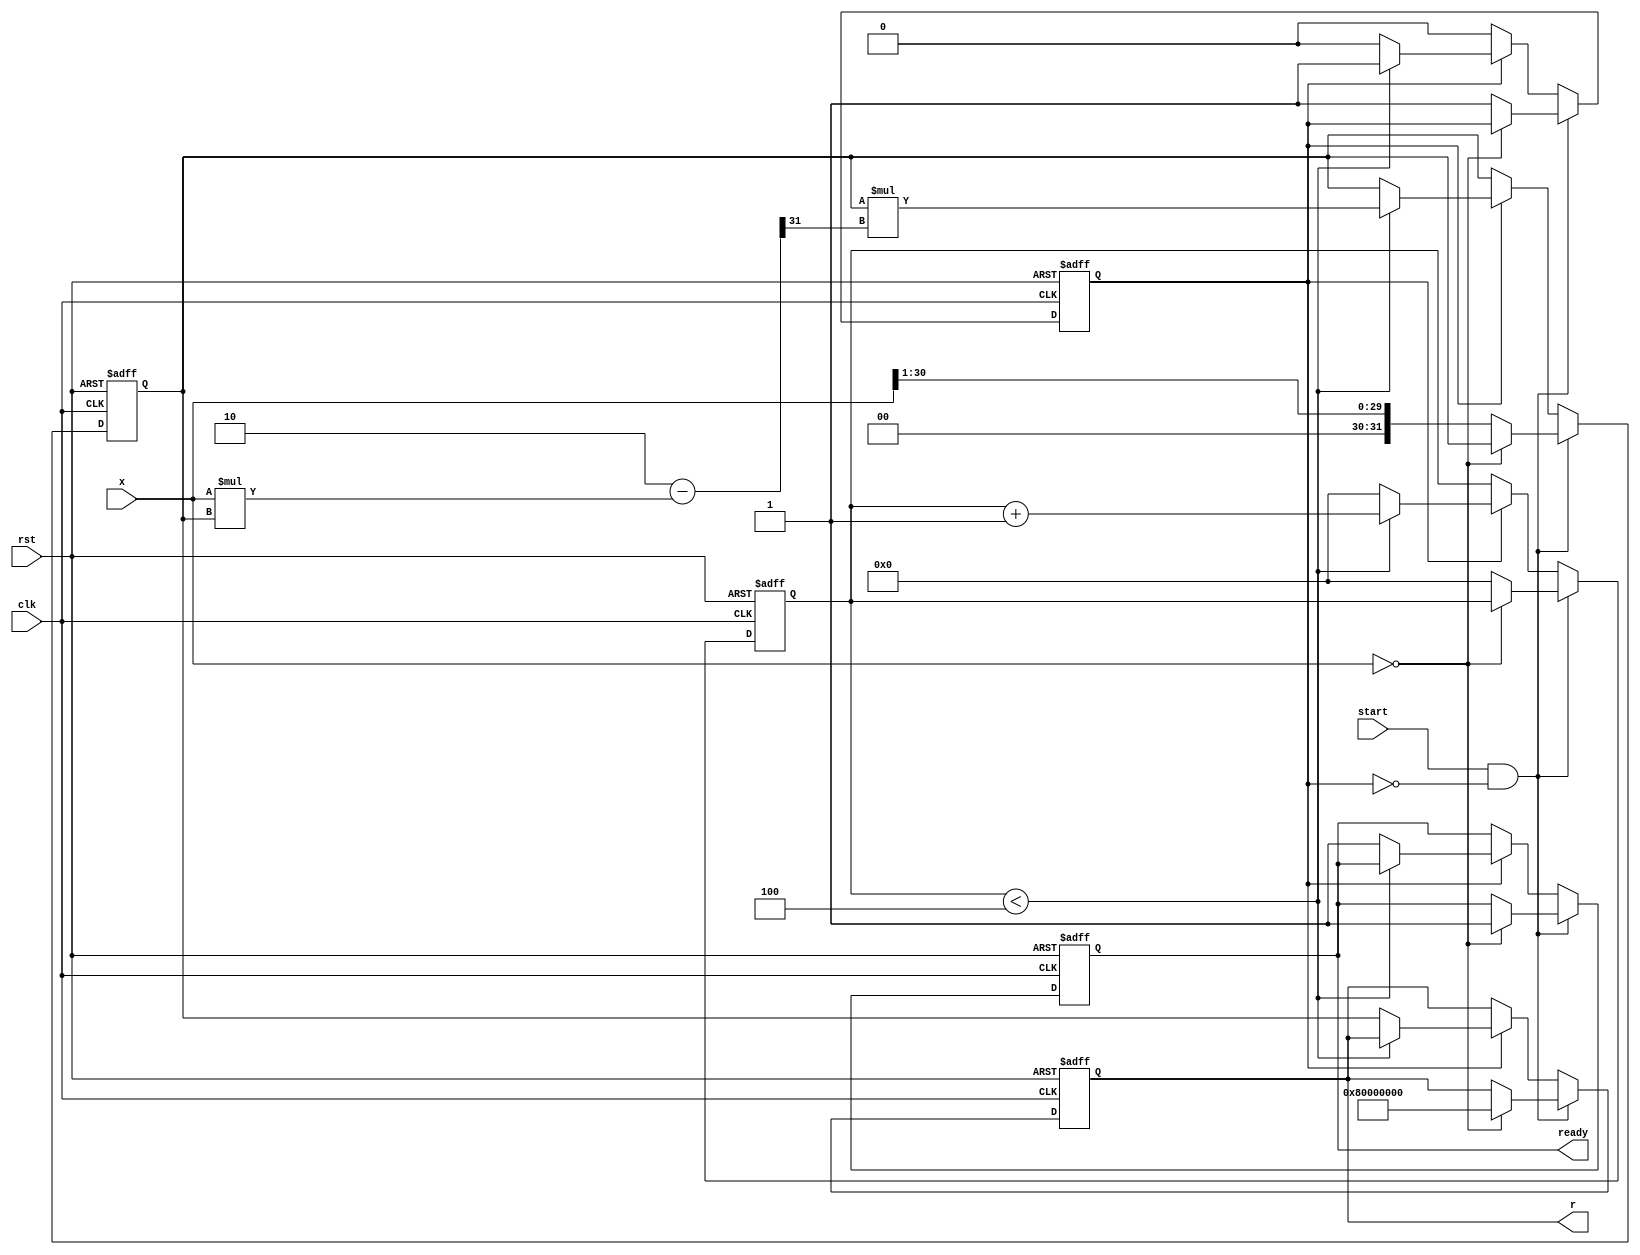
module ReciprocalUnit #(
    parameter WB = 32, // Width of input/output (in bits)
    parameter NUM_ITERATIONS = 4 // Number of iterations for Newton-Raphson
)(
    input wire clk,
    input wire rst,
    input wire start,
    input wire [WB-1:0] x,
    output reg [WB-1:0] r,
    output reg ready
);

    reg [WB-1:0] r_curr; // Current estimate of the reciprocal
    reg [3:0] iteration; // Iteration count
    reg calculating; // Flag indicating reciprocal computation in progress

    always @(posedge clk or posedge rst) begin
        if (rst) begin
            r <= 0;
            ready <= 0;
            r_curr <= 0;
            iteration <= 0;
            calculating <= 0;
        end else begin
            if (start && !calculating) begin
                // Start the reciprocal computation
                if (x == 0) begin
                    // Handle division by zero
                    r <= {1'b1, {WB-1{1'b0}}}; // Return maximum for positive infinity
                    ready <= 1;
                end else begin
                    r_curr <= {1'b0, x[WB-2:1]}; // Initial guess: r0 = 1/x => r0 = (2^WB)/x
                    calculating <= 1; // Set calculating flag
                    iteration <= 0; // Reset iteration count
                end
            end else if (calculating) begin
                if (iteration < NUM_ITERATIONS) begin
                    // Newton-Raphson iteration: r(n+1) = r(n) * (2 - x * r(n))
                    r_curr <= r_curr * (2 - (x * r_curr) >> (WB - 1)); // Shift for fixed point
                    iteration <= iteration + 1;
                end else begin
                    // Completed computation
                    r <= r_curr; // Final result
                    ready <= 1;  // Set ready signal
                    calculating <= 0; // Reset calculating flag
                    iteration <= 0; // Reset iteration count
                end
            end
        end
    end
endmodule